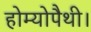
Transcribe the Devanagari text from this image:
होम्योपैथी।